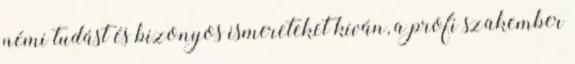
némi tudást és bizonyos ismereteket kíván, a profi szakember